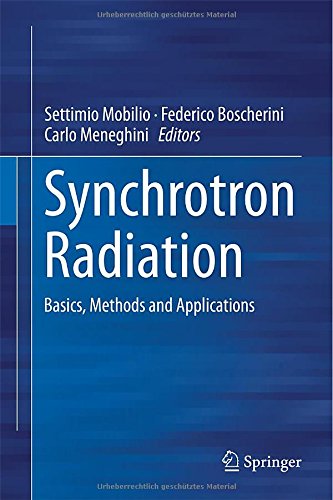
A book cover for Synchrotron Radiation: Basics, Methods and Applications; Science & Math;